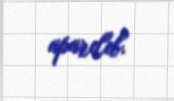
aparılıb.